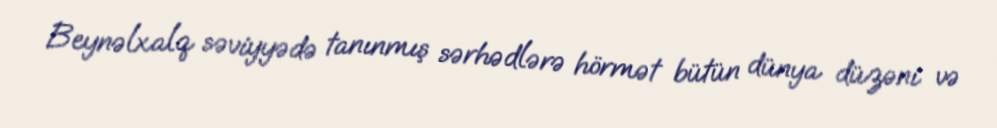
Beynəlxalq səviyyədə tanınmış sərhədlərə hörmət bütün dünya düzəni və